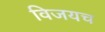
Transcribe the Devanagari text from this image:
विजयच